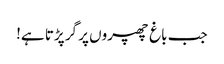
جب باغ چھپروں پر گر پڑتا ہے!